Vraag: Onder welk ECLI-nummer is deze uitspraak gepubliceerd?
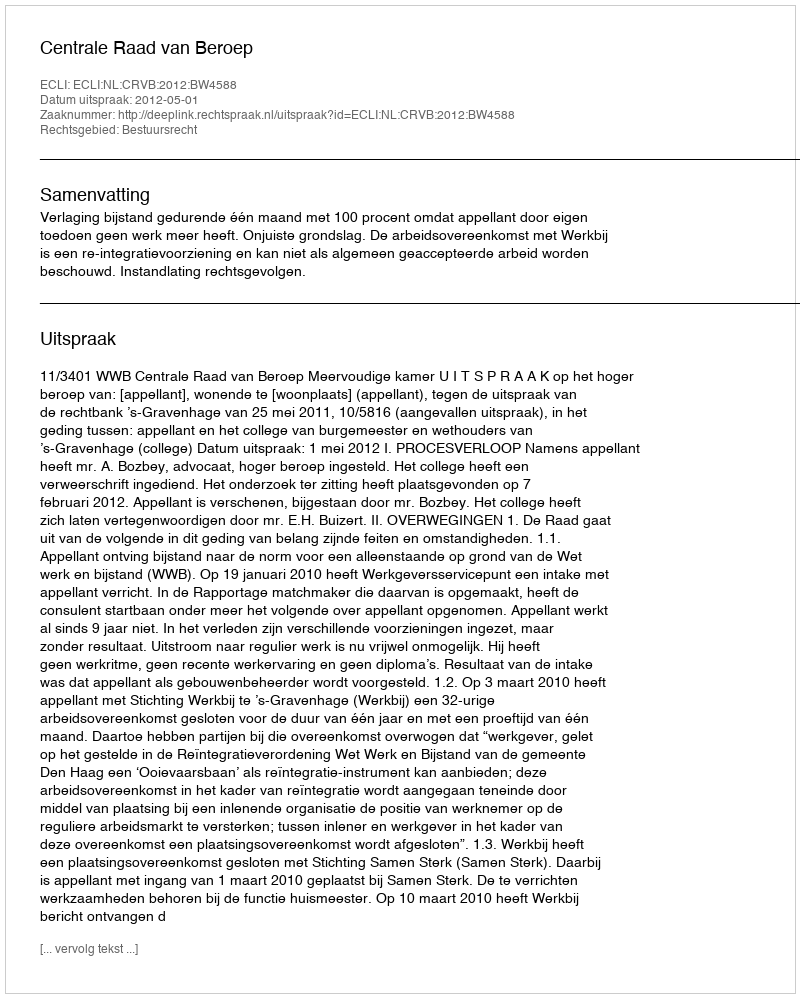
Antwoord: ECLI:NL:CRVB:2012:BW4588